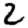
Digit: 2